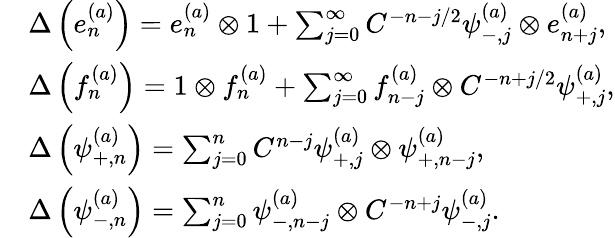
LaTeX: \begin{array}{rl}&{\Delta\left(e_{n}^{(a)}\right)=e_{n}^{(a)}\otimes 1+\sum_{j=0}^{\infty}C^{-n-j/2}\psi_{-,j}^{(a)}\otimes e_{n+j}^{(a)},}\\ &{\Delta\left(f_{n}^{(a)}\right)=1\otimes f_{n}^{(a)}+\sum_{j=0}^{\infty}f_{n-j}^{(a)}\otimes C^{-n+j/2}\psi_{+,j}^{(a)},}\\ &{\Delta\left(\psi_{+,n}^{(a)}\right)=\sum_{j=0}^{n}C^{n-j}\psi_{+,j}^{(a)}\otimes\psi_{+,n-j}^{(a)},}\\ &{\Delta\left(\psi_{-,n}^{(a)}\right)=\sum_{j=0}^{n}\psi_{-,n-j}^{(a)}\otimes C^{-n+j}\psi_{-,j}^{(a)}.}\end{array}